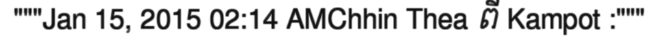
"""Jan 15, 2015 02:14 AMChhin Thea ពី Kampot :"""